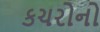
કચરોનો